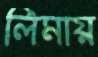
লিমায়